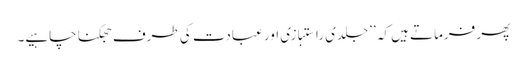
پھر فرماتے ہیں کہ ’’جلدی راستبازی اور عبادت کی طرف جھکنا چاہیے۔